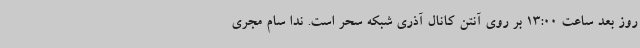
روز بعد ساعت 13:00 بر روی آنتن کانال آذری شبکه سحر است. ندا سام مجری